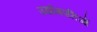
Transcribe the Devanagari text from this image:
उद्योगपतिओं